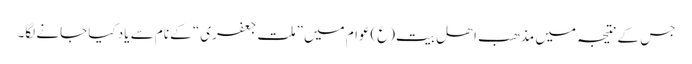
جس کے نتیجہ میں مذھب اھلِ بیت(ع)عوام میں ”ملت جعفری“ کے نام سے یاد کیا جانے لگا۔